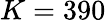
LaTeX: K=390